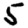
Digit: 5